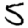
Digit: 5